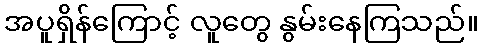
အပူရှိန်ကြောင့် လူတွေ နွမ်းနေကြသည်။